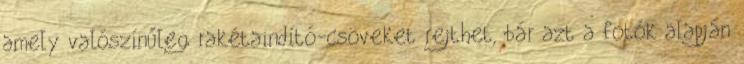
amely valószínűleg rakétaindító-csöveket rejthet, bár azt a fotók alapján